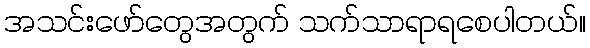
အသင်းဖော်တွေအတွက် သက်သာရာရစေပါတယ်။